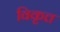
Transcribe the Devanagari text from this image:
विकृत्त